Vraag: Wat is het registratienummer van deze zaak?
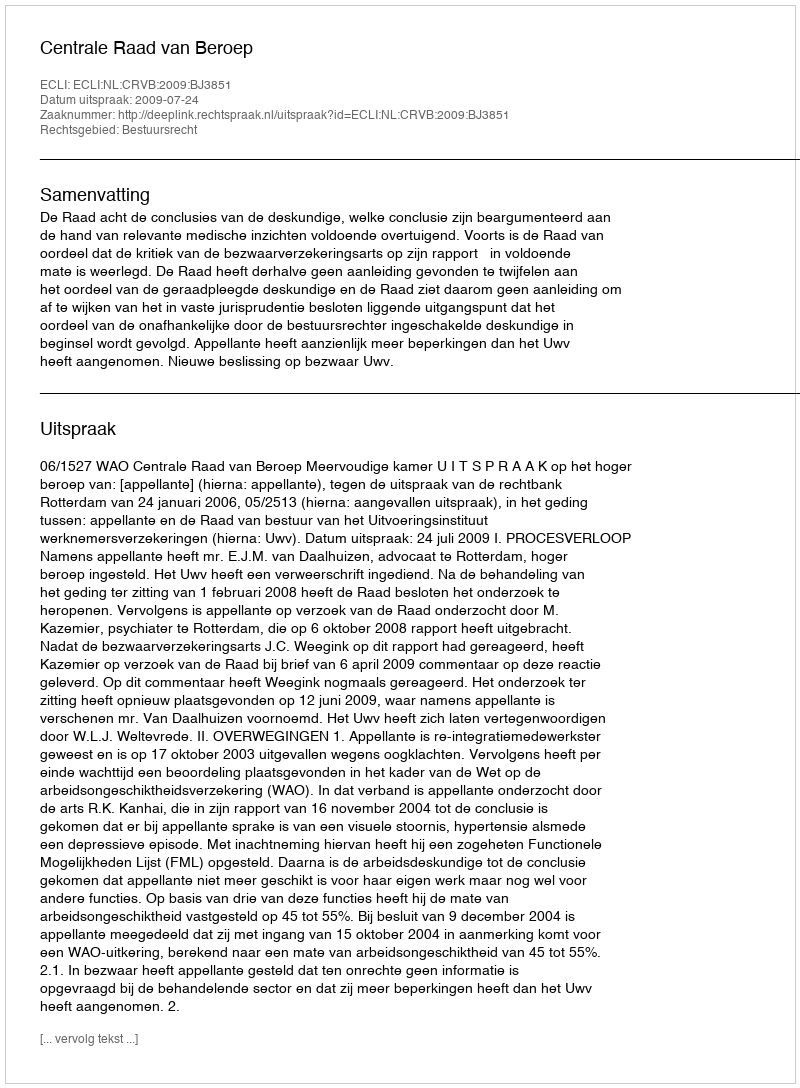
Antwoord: http://deeplink.rechtspraak.nl/uitspraak?id=ECLI:NL:CRVB:2009:BJ3851